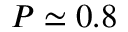
P \simeq 0 . 8